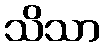
သိသာ